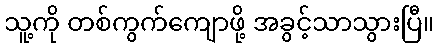
သူ့ကို တစ်ကွက်ကျောဖို့ အခွင့်သာသွားပြီ။